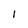
Character: I